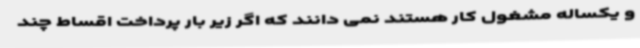
و یکساله مشغول کار هستند نمی دانند که اگر زیر بار پرداخت اقساط چند